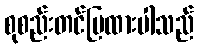
စုစည်းတင်ပြထားပါသည်